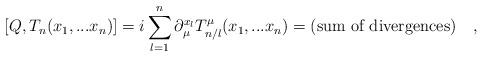
LaTeX: \begin{align*}[Q,T_n(x_1,...x_n)] = i \sum_{l=1}^{n} \partial_\mu^{x_l} T_{n/l}^{\mu}(x_1,...x_n) = (\hbox{\rm sum of divergences}) \quad , \end{align*}